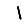
Digit: 1